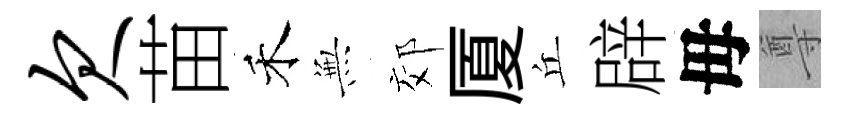
欠苗禾𭴾郊厦丘辟毋尊